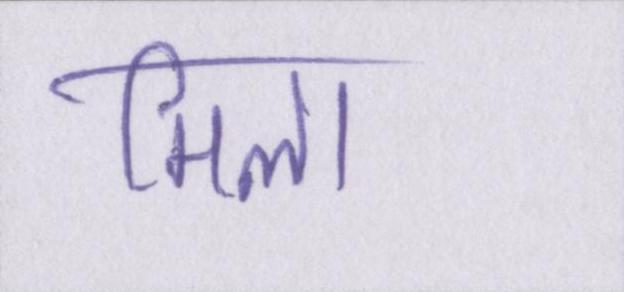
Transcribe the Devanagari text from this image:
मिला